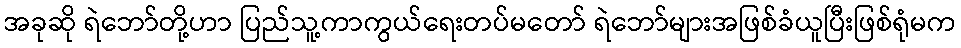
အခုဆို ရဲဘော်တို့ဟာ ပြည်သူ့ကာကွယ်ရေးတပ်မတော် ရဲဘော်များအဖြစ်ခံယူပြီးဖြစ်ရုံမက